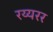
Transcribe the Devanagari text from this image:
रय्यरर